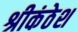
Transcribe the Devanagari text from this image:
श्रीकंठेश